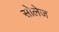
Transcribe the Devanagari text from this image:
सोलेज